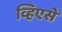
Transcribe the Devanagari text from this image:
व्हिएसे